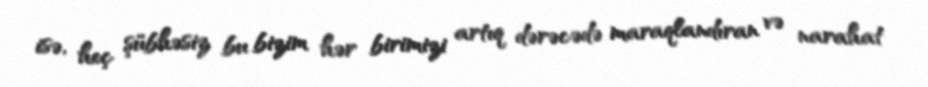
isə, heç şübhəsiz bu bizim hər birimizi artıq dərəcədə maraqlandıran və narahat